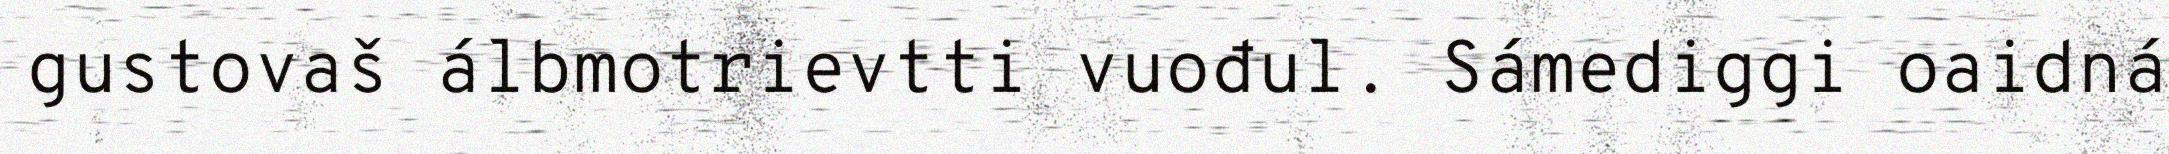
gustovaš álbmotrievtti vuođul. Sámediggi oaidná